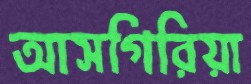
আসগিরিয়া